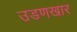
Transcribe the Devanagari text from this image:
उडणखार